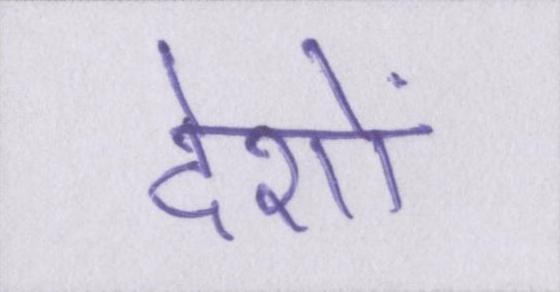
देशों